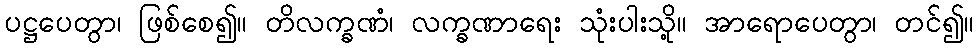
ပဋ္ဌပေတွာ၊ ဖြစ်စေ၍။ တိလက္ခဏံ၊ လက္ခဏာရေး သုံးပါးသို့။ အာရောပေတွာ၊ တင်၍။